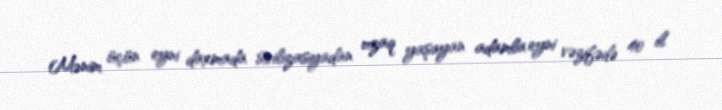
Mənim üçün eyni daxmada sivilizasiyadan uzaq yaşayan adamla eyni vəzifədə 40 il